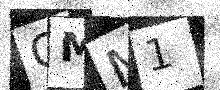
Text: OMM1